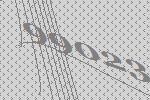
99023